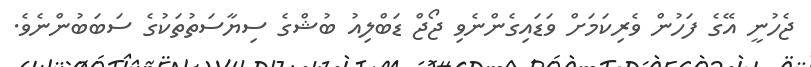
ޖެހުނީ އޭގެ ފަހުން ވެރިކަމަށް ވަޑައިގެންނެވި ޖޯޖް ޑަބްލިއު ބުޝްގެ ސިޔާސަތުތަކުގެ ސަބަބުންނެވެ.